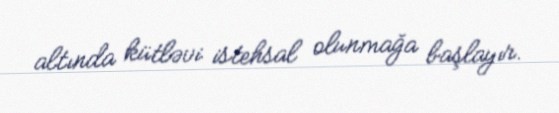
altında kütləvi istehsal olunmağa başlayır.